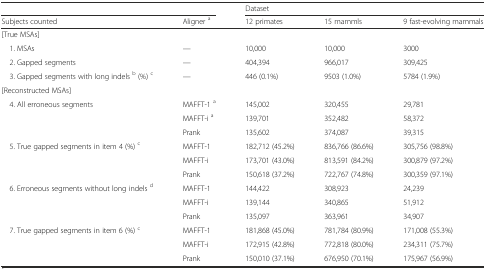
<table><thead><tr><td colspan="2"></td><td colspan="3"><b>Dataset</b></td></tr><tr><td><b>Subjects counted</b></td><td><b>Aligner <sup>a</sup></b></td><td><b>12 primates</b></td><td><b>15 mammls</b></td><td><b>9 fast-evolving mammals</b></td></tr></thead><tbody><tr><td colspan="5">[True MSAs]</td></tr><tr><td> 1. MSAs</td><td>—</td><td>10,000</td><td>10,000</td><td>3000</td></tr><tr><td> 2. Gapped segments</td><td>—</td><td>404,394</td><td>966,017</td><td>309,425</td></tr><tr><td> 3. Gapped segments with long indels <sup>b</sup> (%) <sup>c</sup></td><td>—</td><td>446 (0.1%)</td><td>9503 (1.0%)</td><td>5784 (1.9%)</td></tr><tr><td colspan="5">[Reconstructed MSAs]</td></tr><tr><td rowspan="3"> 4. All erroneous segments</td><td>MAFFT-1 <sup>a</sup></td><td>145,002</td><td>320,455</td><td>29,781</td></tr><tr><td>MAFFT-i <sup>a</sup></td><td>139,701</td><td>352,482</td><td>58,372</td></tr><tr><td>Prank</td><td>135,602</td><td>374,087</td><td>39,315</td></tr><tr><td rowspan="3"> 5. True gapped segments in item 4 (%) <sup>c</sup></td><td>MAFFT-1</td><td>182,712 (45.2%)</td><td>836,766 (86.6%)</td><td>305,756 (98.8%)</td></tr><tr><td>MAFFT-i</td><td>173,701 (43.0%)</td><td>813,591 (84.2%)</td><td>300,879 (97.2%)</td></tr><tr><td>Prank</td><td>150,618 (37.2%)</td><td>722,767 (74.8%)</td><td>300,359 (97.1%)</td></tr><tr><td rowspan="3"> 6. Erroneous segments without long indels <sup>d</sup></td><td>MAFFT-1</td><td>144,422</td><td>308,923</td><td>24,239</td></tr><tr><td>MAFFT-i</td><td>139,144</td><td>340,865</td><td>51,912</td></tr><tr><td>Prank</td><td>135,097</td><td>363,961</td><td>34,907</td></tr><tr><td rowspan="3"> 7. True gapped segments in item 6 (%) <sup>c</sup></td><td>MAFFT-1</td><td>181,868 (45.0%)</td><td>781,784 (80.9%)</td><td>171,008 (55.3%)</td></tr><tr><td>MAFFT-i</td><td>172,915 (42.8%)</td><td>772,818 (80.0%)</td><td>234,311 (75.7%)</td></tr><tr><td>Prank</td><td>150,010 (37.1%)</td><td>676,950 (70.1%)</td><td>175,967 (56.9%)</td></tr></tbody></table>